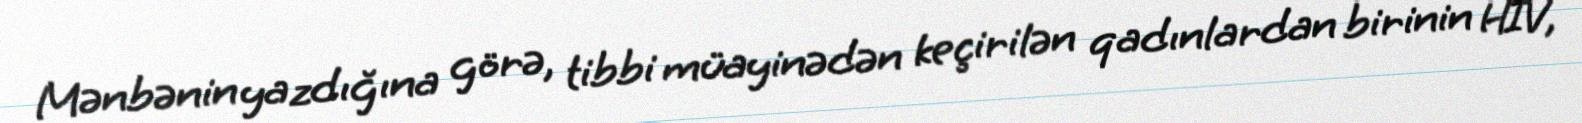
Mənbənin yazdığına görə, tibbi müayinədən keçirilən qadınlardan birinin HİV,